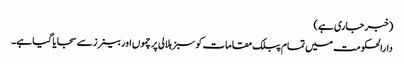
(خبر جاری ہے)
دارالحکومت میں تمام پبلک مقامات کو سبز ہلالی پرچموں اور بینرز سے سجایا گیا ہے۔